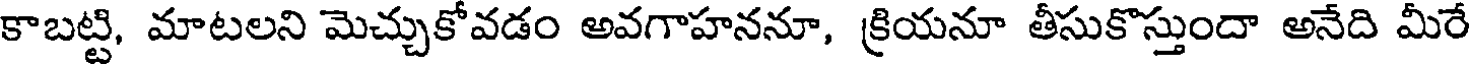
కాబట్టి, మాటలని మెచ్చుకోవడం అవగాహననూ, క్రియనూ తీసుకొస్తుందా అనేది మీరే